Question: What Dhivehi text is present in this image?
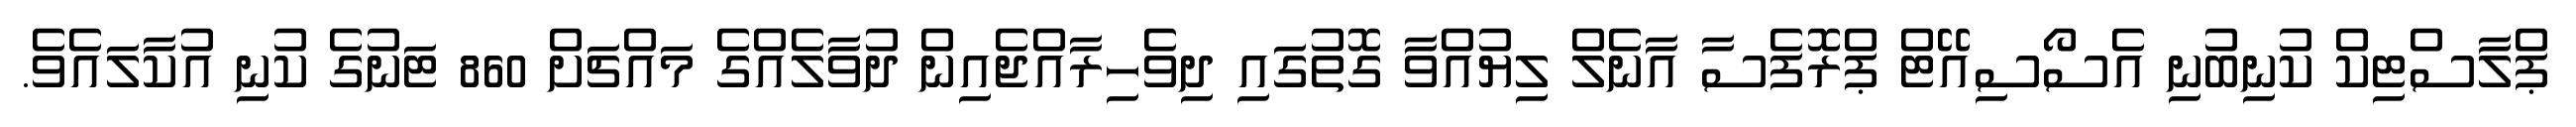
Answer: ޕްލާސްޓިކް ކުނިބުނި އެސޯސިއޭޓް ޕްރޮފެސާ އާނެލް ލިޔުއްވާ ގޮތުގައި ދިވެހިރާއްޖެއިން ދުވާލެއްގެ މައްޗަށް 860 ޓަނުގެ ކުނި އުކާލައެވެ.